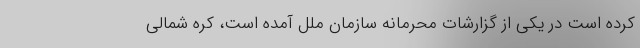
کرده است در یکی از گزارشات محرمانه سازمان ملل آمده است، کره شمالی